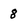
Character: 8